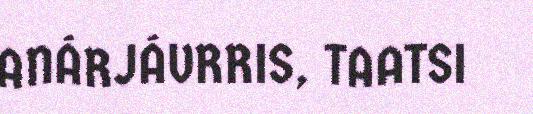
ANÁRJÁVRRIS, TAATSI